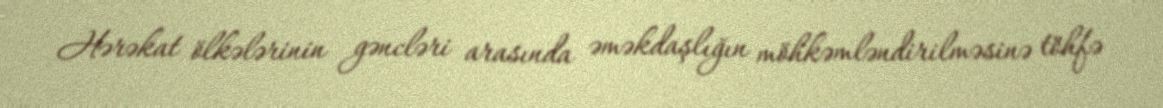
Hərəkat ölkələrinin gəncləri arasında əməkdaşlığın möhkəmləndirilməsinə töhfə